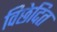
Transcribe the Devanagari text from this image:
विछेदित